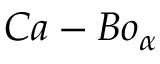
C a - B o _ { \alpha }